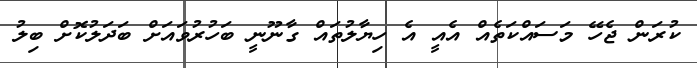
ކުރަން ޖެހޭ މަސައްކަތެއް އެއީ އެ ހިޔާލުތައް ގާނޫނީ ބަހުރުވައަށް ބަދަލުކޮށް ބިލު